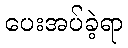
ပေးအပ်ခဲ့ရာ